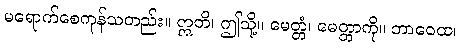
မရောက်စေကုန်သတည်း။ ဣတိ၊ ဤသို့။ မေတ္တံ၊ မေတ္တာကို။ ဘာဝေထ၊